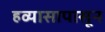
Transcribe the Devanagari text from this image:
हव्यासापासून